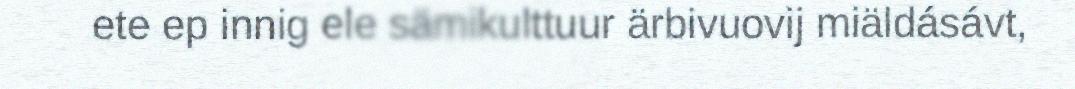
ete ep innig ele sämikulttuur ärbivuovij miäldásávt,